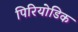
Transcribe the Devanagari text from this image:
पिरियोडिक